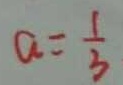
a = \frac { 1 } { 3 }